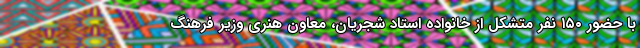
با حضور ۱۵۰ نفر متشکل از خانواده استاد شجریان، معاون هنری وزیر فرهنگ